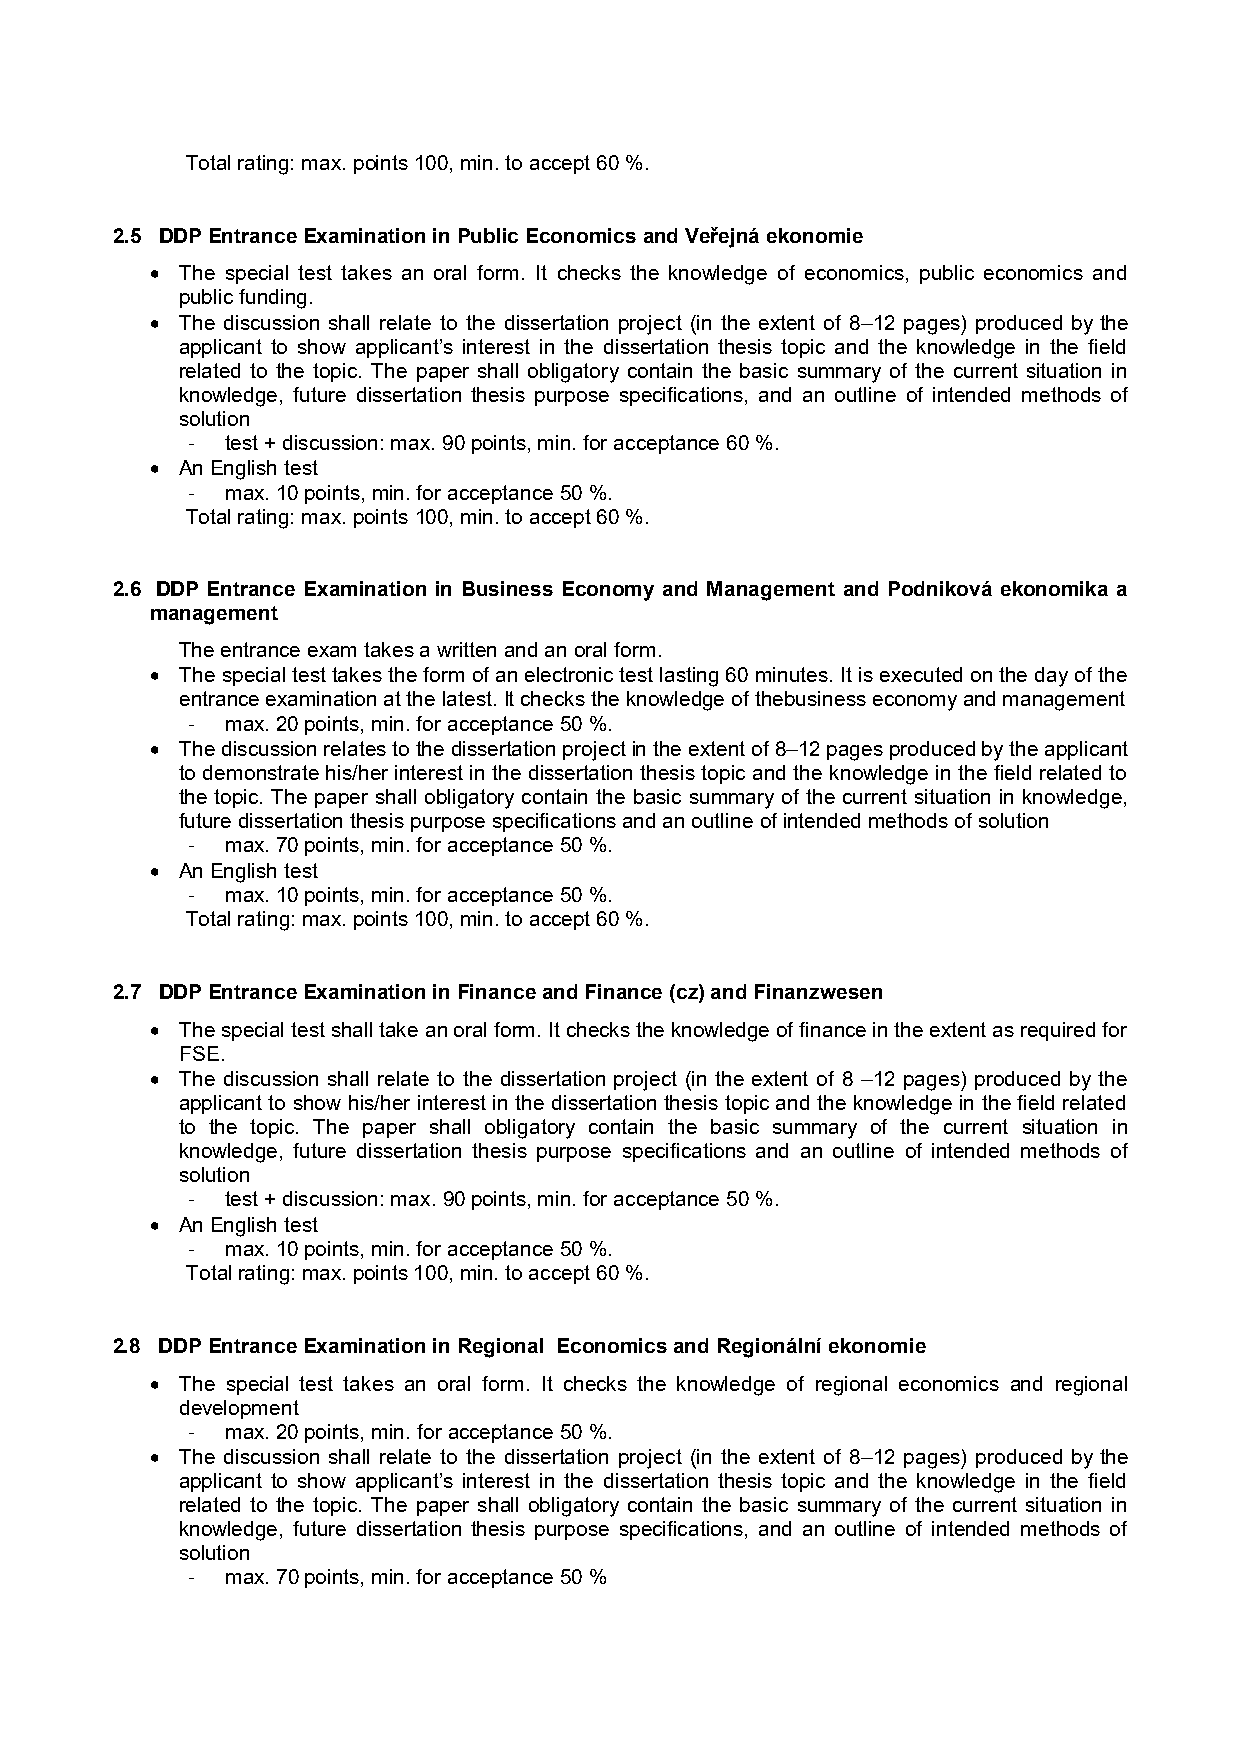
Total rating: max. points 100, min. to accept 60 %.
 2.5 DDP Entrance Examination in Public Economics and Veřejná ekonomie
 • The special test takes an oral form. It checks the knowledge of economics, public economics and
 public funding.
 • The discussion shall relate to the dissertation project (in the extent of 8–12 pages) produced by the
 applicant to show applicant’s interest in the dissertation thesis topic and the knowledge in the field
 related to the topic. The paper shall obligatory contain the basic summary of the current situation in
 knowledge, future dissertation thesis purpose specifications, and an outline of intended methods of
 solution
 -  test + discussion: max. 90 points, min. for acceptance 60 %.
 • An English test
 -  max. 10 points, min. for acceptance 50 %.
 Total rating: max. points 100, min. to accept 60 %.
 2.6 DDP Entrance Examination in Business Economy and Management and Podniková ekonomika a
 management
 The entrance exam takes a written and an oral form.
 • The special test takes the form of an electronic test lasting 60 minutes. It is executed on the day of the
 entrance examination at the latest. It checks the knowledge of thebusiness economy and management
 -  max. 20 points, min. for acceptance 50 %.
 • The discussion relates to the dissertation project in the extent of 8–12 pages produced by the applicant
 to demonstrate his/her interest in the dissertation thesis topic and the knowledge in the field related to
 the topic. The paper shall obligatory contain the basic summary of the current situation in knowledge,
 future dissertation thesis purpose specifications and an outline of intended methods of solution
 -  max. 70 points, min. for acceptance 50 %.
 • An English test
 -  max. 10 points, min. for acceptance 50 %.
 Total rating: max. points 100, min. to accept 60 %.
 2.7 DDP Entrance Examination in Finance and Finance (cz) and Finanzwesen
 • The special test shall take an oral form. It checks the knowledge of finance in the extent as required for
 FSE.
 • The discussion shall relate to the dissertation project (in the extent of 8 –12 pages) produced by the
 applicant to show his/her interest in the dissertation thesis topic and the knowledge in the field related
 to the topic. The paper shall obligatory contain the basic summary of the current situation in
 knowledge, future dissertation thesis purpose specifications and an outline of intended methods of
 solution
 -  test + discussion: max. 90 points, min. for acceptance 50 %.
 • An English test
 -  max. 10 points, min. for acceptance 50 %.
 Total rating: max. points 100, min. to accept 60 %.
 2.8 DDP Entrance Examination in Regional Economics and Regionální ekonomie
 • The special test takes an oral form. It checks the knowledge of regional economics and regional
 development
 -  max. 20 points, min. for acceptance 50 %.
 • The discussion shall relate to the dissertation project (in the extent of 8–12 pages) produced by the
 applicant to show applicant’s interest in the dissertation thesis topic and the knowledge in the field
 related to the topic. The paper shall obligatory contain the basic summary of the current situation in
 knowledge, future dissertation thesis purpose specifications, and an outline of intended methods of
 solution
 -  max. 70 points, min. for acceptance 50 %